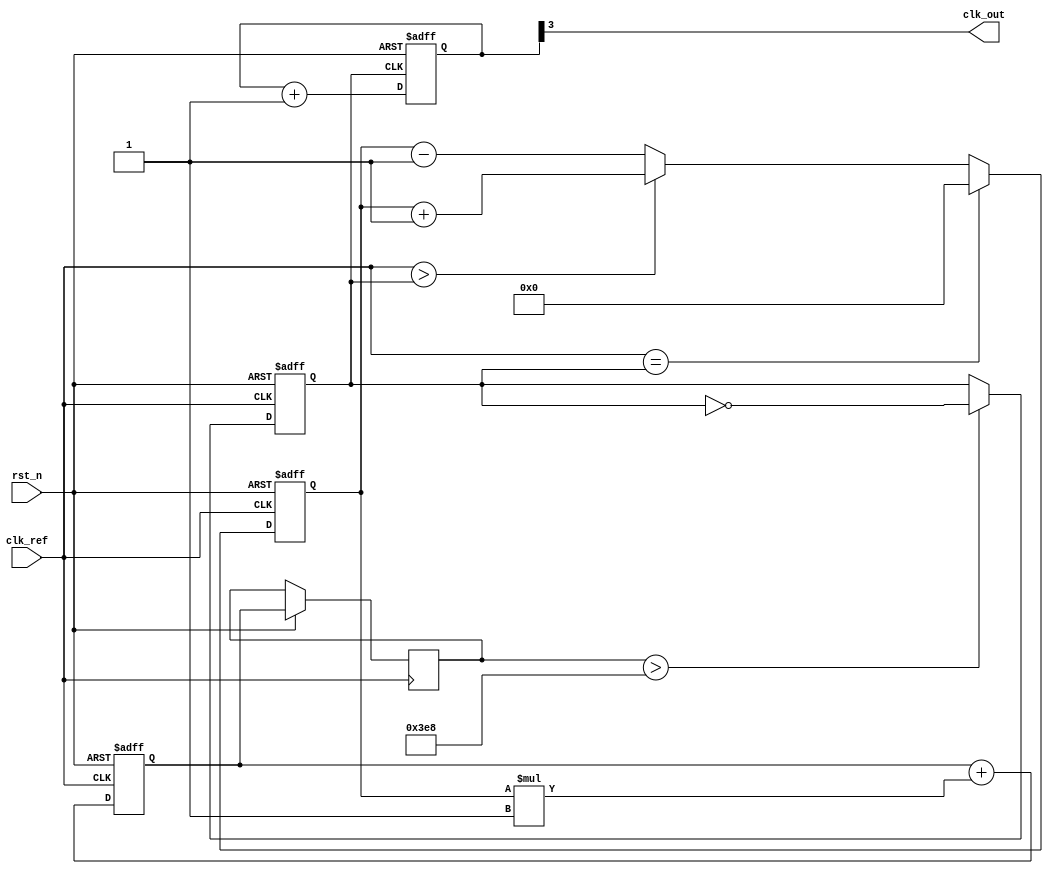
module pll_synchronizer (
    input wire clk_ref,     // Incoming reference clock
    input wire rst_n,       // Active low reset
    output wire clk_out     // Output synchronized clock
);

    // Parameters
    parameter N = 4;        // Division factor for VCO output
    parameter Kp = 1;       // Proportional gain for PD
    parameter Ki = 1;       // Integral gain for LF

    // Internal signals
    reg [3:0] phase_error;  // Phase error signal
    reg [15:0] control_voltage; // Control voltage for VCO
    reg clk_vco;            // VCO output clock
    reg [15:0] loop_filter; // Loop filter output

    // Phase Detector (PD)
    always @(posedge clk_ref or negedge rst_n) begin
        if (!rst_n) begin
            phase_error <= 0;
        end else begin
            // Simple phase detection logic (could be more complex)
            if (clk_ref == clk_vco) begin
                phase_error <= 0; // In phase
            end else if (clk_ref > clk_vco) begin
                phase_error <= phase_error + Kp; // Clock is ahead
            end else begin
                phase_error <= phase_error - Kp; // Clock is behind
            end
        end
    end

    // Loop Filter (LF)
    always @(posedge clk_ref or negedge rst_n) begin
        if (!rst_n) begin
            loop_filter <= 0;
        end else begin
            // Simple integrator for loop filter
            loop_filter <= loop_filter + phase_error * Ki;
            control_voltage <= loop_filter; // Control voltage for VCO
        end
    end

    // Voltage-Controlled Oscillator (VCO)
    always @(posedge clk_ref or negedge rst_n) begin
        if (!rst_n) begin
            clk_vco <= 0;
        end else begin
            // Simple VCO logic (frequency adjustable by control_voltage)
            if (control_voltage > 1000) begin
                clk_vco <= ~clk_vco; // Toggle VCO clock
            end
        end
    end

    // Clock Divider (optional)
    reg [N-1:0] clk_div_counter;
    always @(posedge clk_vco or negedge rst_n) begin
        if (!rst_n) begin
            clk_div_counter <= 0;
        end else begin
            clk_div_counter <= clk_div_counter + 1;
        end
    end

    // Output Clock Buffer
    assign clk_out = clk_div_counter[N-1]; // Output the divided clock

endmodule